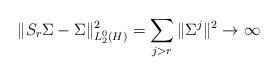
LaTeX: \begin{align*}\| S_r \Sigma - \Sigma \|_{L_2^0(H)}^2 = \sum_{j > r} \| \Sigma^j \|^2 \to \infty \end{align*}